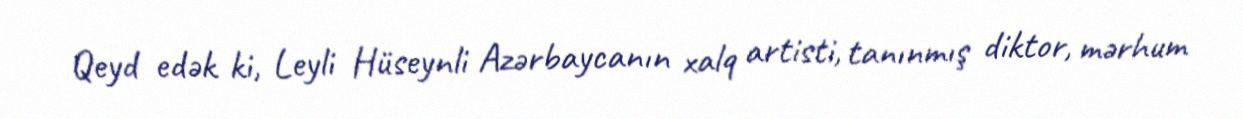
Qeyd edək ki, Leyli Hüseynli Azərbaycanın xalq artisti, tanınmış diktor, mərhum